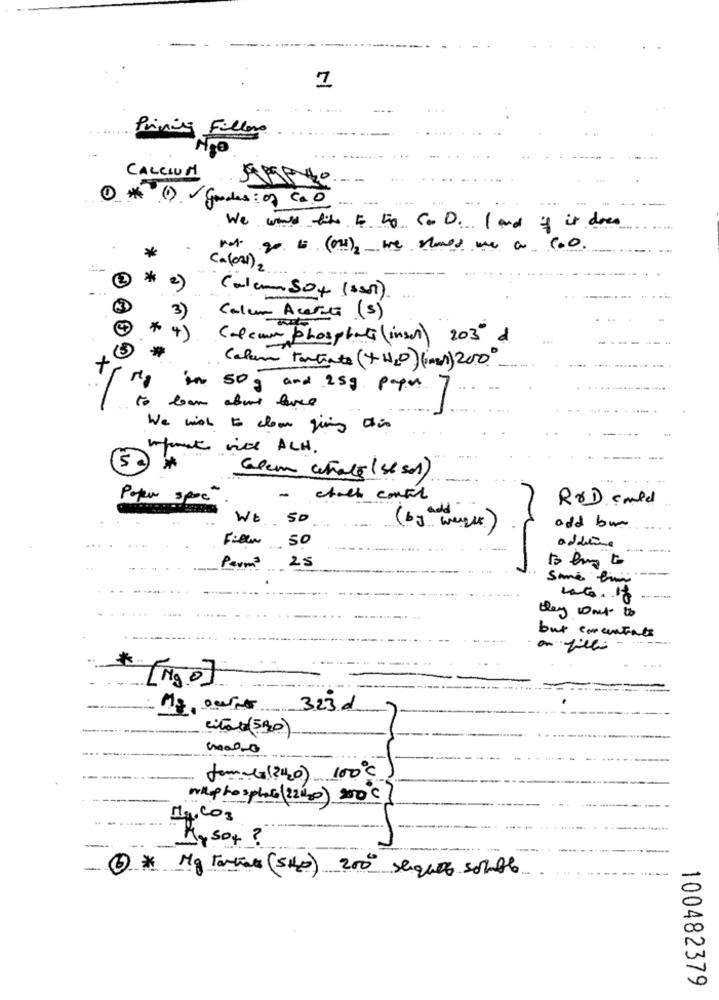
1
Printing Filler
--
CALCIUM
1* () Goodes of cao
- -
-
We would tite $ 50 Cc D. 1 and if it does
(a(cal) 2
Calam SO + ( ss ).
Calum Acerte (s)
Calcium Phosphate (insur) 203" d
(5)
+
Calum tartrate (+H2O) (mas) 200
the 50g and 25g papa
to team about love
We wish to clown giving this
mpont vite ALH.
Glem whale (s/ sol)
-
RXD could
Wt 50
odd bur
Fielen 50
addione
.....
25
to buy to
Parma
Sme ti
-----
they want to
but concentrate
[ Mg0]
.-.
323d
citas (590)
tomate (2420) 100℃
wiphosphor (221hp) 200℃
My,Co3
Myso+ ?
-
6 * Mg tartal (sp) 200 sequer south
100482379